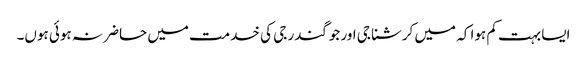
ایسا بہت کم ہوا کہ میں کرشنا جی اور جوگندر جی کی خدمت میں حاضر نہ ہوئی ہوں۔